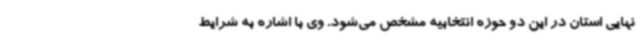
نهایی استان در این دو حوزه انتخابیه مشخص می‌شود. وی با اشاره به شرایط